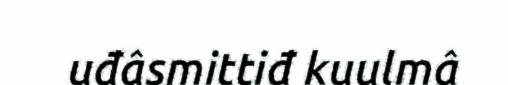
uđâsmittiđ kuulmâ